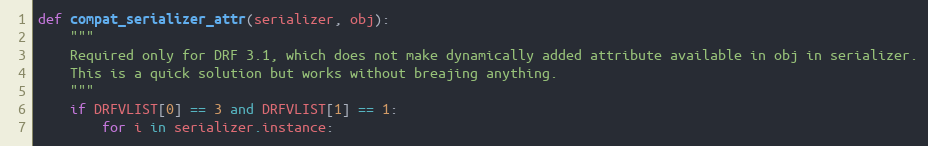
Language: Python
def compat_serializer_attr(serializer, obj):
    """
    Required only for DRF 3.1, which does not make dynamically added attribute available in obj in serializer.
    This is a quick solution but works without breajing anything.
    """
    if DRFVLIST[0] == 3 and DRFVLIST[1] == 1:
        for i in serializer.instance: